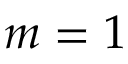
m = 1